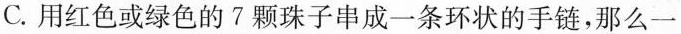
C.用红色或绿色的?颗珠子串成一条环状的手链，那么一